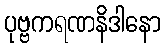
ပုဗ္ဗကရဏနိဒါနော